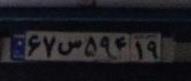
۶۷س۵۹۴۱۹